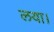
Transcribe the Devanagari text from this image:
लया।